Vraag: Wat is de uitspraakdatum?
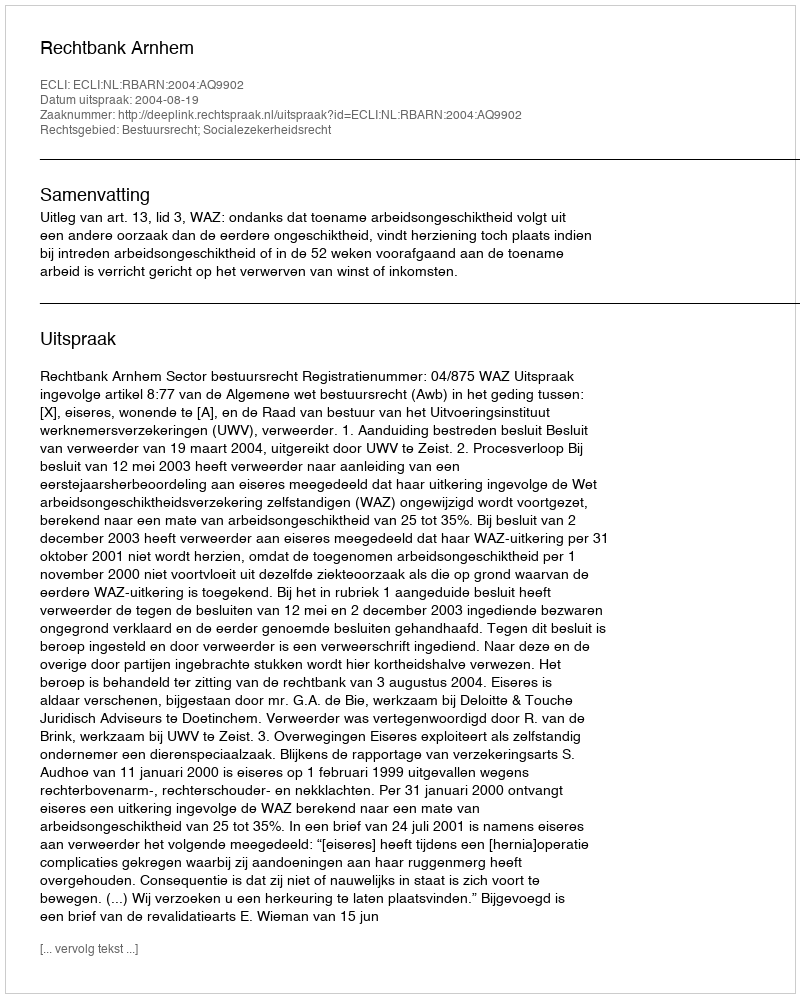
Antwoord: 2004-08-19